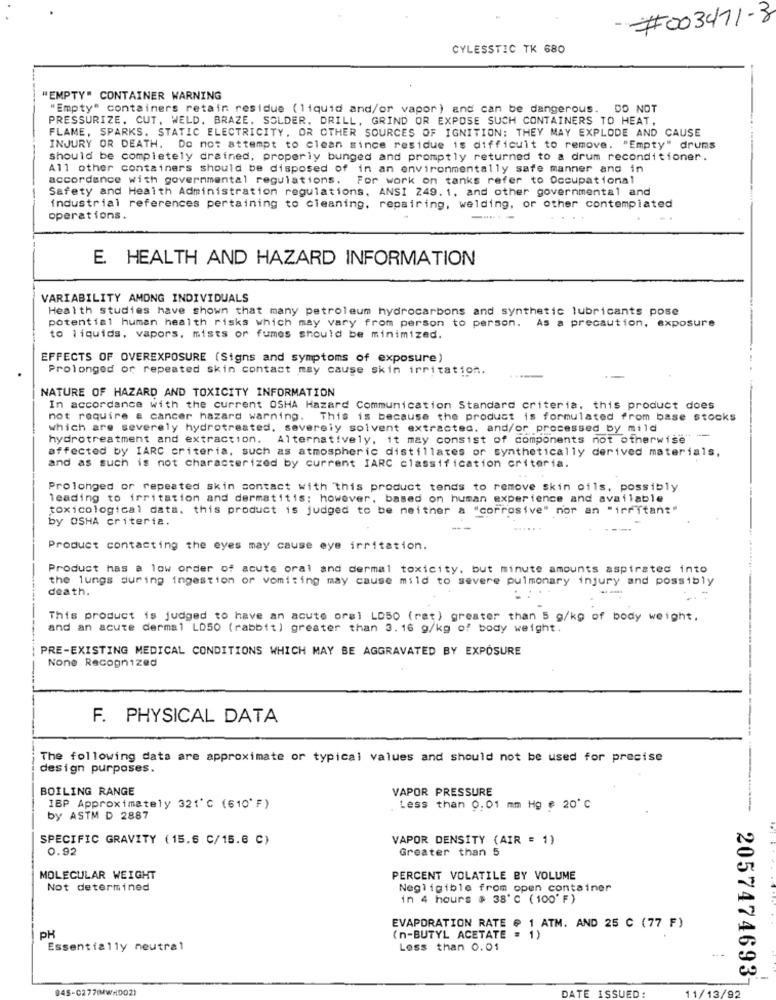
-#003471-8
CYLESSTIC TK 680
"EMPTY" CONTAINER WARNING
"Empty" containers retain residue (liquid and/or vapor) and can be dangerous. DO NOT
PRESSURIZE, CUT, WELD. BRAZE. SOLDER. DRILL, GRIND OR EXPOSE SUCH CONTAINERS TO HEAT,
FLAME, SPARKS. STATIC ELECTRICITY, OR OTHER SOURCES OF IGNITION: THEY MAY EXPLODE AND CAUSE
INJURY OR DEATH. Do not attempt to clean since residue is difficult to remove. "Empty" drums
should be completely drained, properly bunged and promptly returned to a drum reconditioner.
All other containers should be disposed of in an environmentally safe manner and in
accordance with governmental regulations. For work on tanks refer to Occupational
Safety and Health Administration regulations, ANSI 249. 1, and other governmental and
industrial references pertaining to cleaning, repairing, welding, or other contemplated
operations.
E HEALTH AND HAZARD INFORMATION
VARIABILITY AMONG INDIVIDUALS
Health studies have shown that many petroleum hydrocarbons and synthetic lubricants pose
potential human health risks which may vary from person to person. As a precaution, exposure
to liquids, vapors, mists or fumes should be minimized.
EFFECTS OF OVEREXPOSURE (Signs and symptoms of exposure)
Prolonged or repeated skin contact may cause skin irritation.
NATURE OF HAZARD AND TOXICITY INFORMATION
In accordance with the current OSHA Hazard Communication Standard criteria. this product does
not require a cancer hazard warning. This is because the product is formulated from base stocks
which are severely hydrotreated. severely solvent extracted. and/or processed by mild
hydrotreatment and extraction. Alternatively, it may consist of components not otherwise""
affected by IARC criteria, such as atmospheric distillates or synthetically derived materials,
and as such is not characterized by current IARC classification criteria.
Prolonged or repeated skin contact with this product tends to remove skin oils, possibly
leading to irritation and dermatitis; however, based on human experience and available
toxicological data. this product is judged to be neither a "corrosive" nor an "irritant"
by OSHA criteria.
Product contacting the eyes may cause eye irritation.
Product has a low order of acute oral and dermal toxicity, but minute amounts aspirated into
the lungs during ingestion or vomiting may cause mild to severe pulmonary injury and possibly
death.
This product is judged to have an acute oral LD50 (rat) greater than 5 g/kg of body weight,
and an acute dermal LD50 (rabbit) greater than 3.16 g/kg of body weight.
PRE-EXISTING MEDICAL CONDITIONS WHICH MAY BE AGGRAVATED BY EXPOSURE
None Recognized
F. PHYSICAL DATA
The following data are approximate or typical values and should not be used for precise
design purposes.
BOILING RANGE
VAPOR PRESSURE
IBP Approximately 321'℃ (610' F)
Less than 0.01 mm Hg # 20 ℃
---
by ASTM D 2887
SPECIFIC GRAVITY (15.6 C/15.8 C)
VAPOR DENSITY (AIR = 1)
0.92
Greater than 5
MOLECULAR WEIGHT
PERCENT VOLATILE BY VOLUME
Not determined
Negligible from open container
in 4 hours $ 38' ℃ ( 100' F)
EVAPORATION RATE @ 1 ATM. AND 25 C (77 F)
PH
(n-BUTYL ACETATE = 1)
Essentially neutral
Less than 0.01
2057474693
045-027764WH002)
DATE ISSUED:
11/13/92